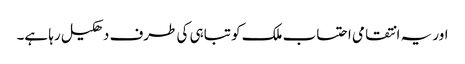
اور یہ انتقامی احتساب ملک کو تباہی کی طرف دھکیل رہا ہے۔